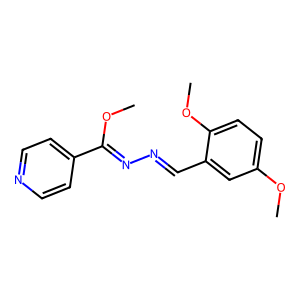
SMILES: COC(=NN=Cc1cc(OC)ccc1OC)c1ccncc1
Inhibits HIV replication: No